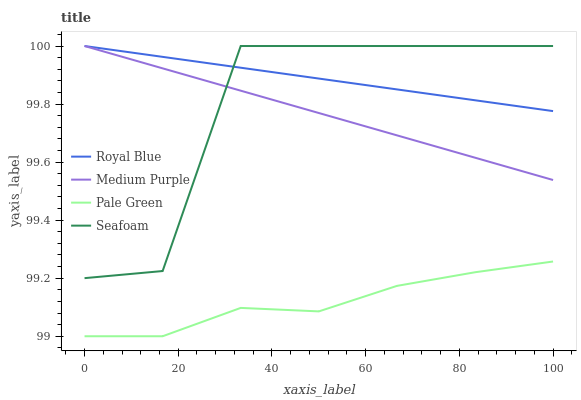
| xaxis_label | Royal Blue | Medium Purple | Pale Green | Seafoam |
 | --- | --- | --- | --- | --- |
 | 0 | 100 | 100 | 99 | 99.2 |
 | 16.7 | 100 | 99.9 | 99 | 99.2 |
 | 33.3 | 99.9 | 99.8 | 99.1 | 100 |
 | 50 | 99.9 | 99.8 | 99.1 | 100 |
 | 66.7 | 99.9 | 99.7 | 99.2 | 100 |
 | 83.3 | 99.8 | 99.6 | 99.2 | 100 |
 | 100 | 99.8 | 99.5 | 99.3 | 100 |